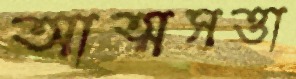
আত্মসত্তা